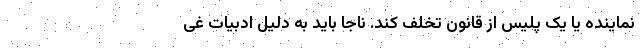
نماینده یا یک پلیس از قانون تخلف کند. ناجا باید به دلیل ادبیات غی